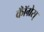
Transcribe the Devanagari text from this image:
कॉँँग्रेस्